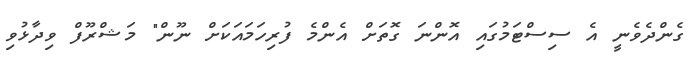
ގެންދެވެނީ އެ ސިސްޓަމުގައި އޮންނަ ގޮތަށް އެންމެ ފުރިހަމައަކަށް ނޫން" މަޝްރޫފް ވިދާޅުވި